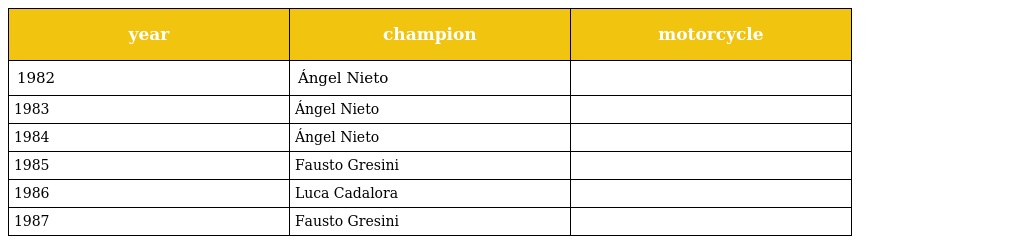
| year | champion | motorcycle |
 | --- | --- | --- |
 | 1982 | Ángel Nieto |  |
 | 1983 | Ángel Nieto |  |
 | 1984 | Ángel Nieto |  |
 | 1985 | Fausto Gresini |  |
 | 1986 | Luca Cadalora |  |
 | 1987 | Fausto Gresini |  |